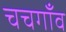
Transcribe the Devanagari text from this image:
चचगाँव